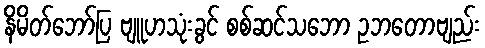
နိမိတ်ဘော်ပြ ဗျူဟသုံးခွင် စစ်ဆင်သဘော ဥဘတောဗျည်း